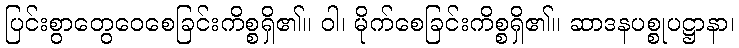
ပြင်းစွာတွေဝေစေခြင်းကိစ္စရှိ၏။ ဝါ၊ မိုက်စေခြင်းကိစ္စရှိ၏။ ဆာဒနပစ္စုပဋ္ဌာနာ၊